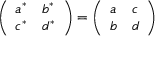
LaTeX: \left( \begin{array} { l l } { { a ^ { * } } } & { { b ^ { * } } } \\ { { c ^ { * } } } & { { d ^ { * } } } \end{array} \right) = \left( \begin{array} { l l } { { a } } & { { c } } \\ { { b } } & { { d } } \end{array} \right)